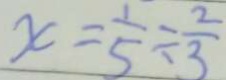
x = \frac { 1 } { 5 } \div \frac { 2 } { 3 }